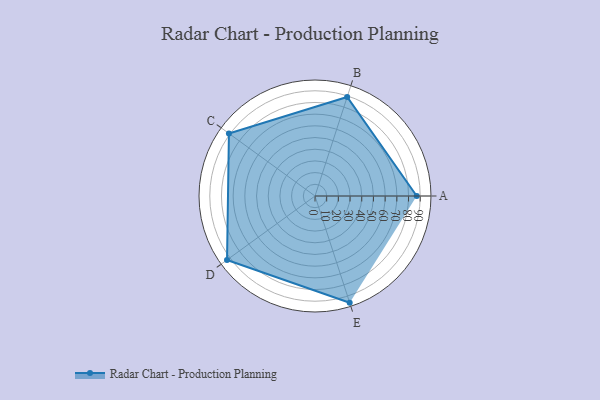
{"axis": {"x": "Skill", "y": "Score"}, "legend": ["Profile"], "data": [{"x": "A", "y": 87.0, "type": "Profile"}, {"x": "B", "y": 89.0, "type": "Profile"}, {"x": "C", "y": 91.0, "type": "Profile"}, {"x": "D", "y": 93.0, "type": "Profile"}, {"x": "E", "y": 96.0, "type": "Profile"}]}